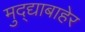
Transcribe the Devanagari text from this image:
मुद्द्याबाहेर